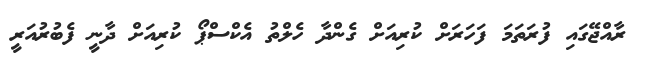
ރާއްޖޭގައި ފުރަތަމަ ފަހަރަށް ކުރިއަށް ގެންދާ ހެލްތު އެކްސްޕޯ ކުރިއަށް ދާނީ ފެބުރުއަރީ